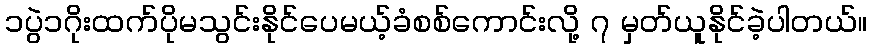
၁ပွဲ၁ဂိုးထက်ပိုမသွင်းနိုင်ပေမယ့်ခံစစ်ကောင်းလို့ ၇ မှတ်ယူနိုင်ခဲ့ပါတယ်။